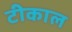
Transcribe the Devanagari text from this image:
टीकाल